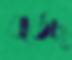
বর্তেছ